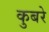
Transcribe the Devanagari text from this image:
कुबरे